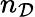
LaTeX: n_{\mathcal{D}}